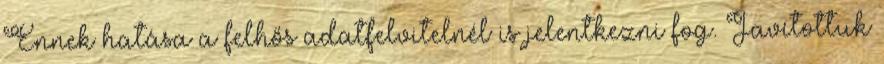
Ennek hatása a felhős adatfelvitelnél is jelentkezni fog. Javítottuk